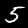
Digit: 5